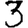
Digit: 3